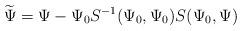
LaTeX: \begin{align*}\widetilde{\Psi} = \Psi - \Psi_0 S^{-1}(\Psi_0,\Psi_0) S(\Psi_0,\Psi)\end{align*}